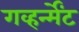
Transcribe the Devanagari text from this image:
गव्हर्न्मेंट